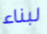
لبناء